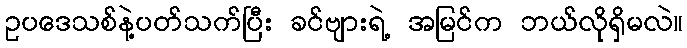
ဥပဒေသစ်နဲ့ပတ်သက်ပြီး ခင်ဗျားရဲ့ အမြင်က ဘယ်လိုရှိမလဲ။